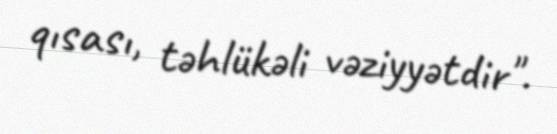
qısası, təhlükəli vəziyyətdir".